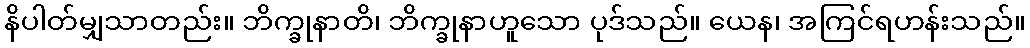
နိပါတ်မျှသာတည်း။ ဘိက္ခုနာတိ၊ ဘိက္ခုနာဟူသော ပုဒ်သည်။ ယေန၊ အကြင်ရဟန်းသည်။